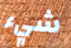
شيء